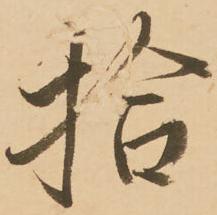
拾